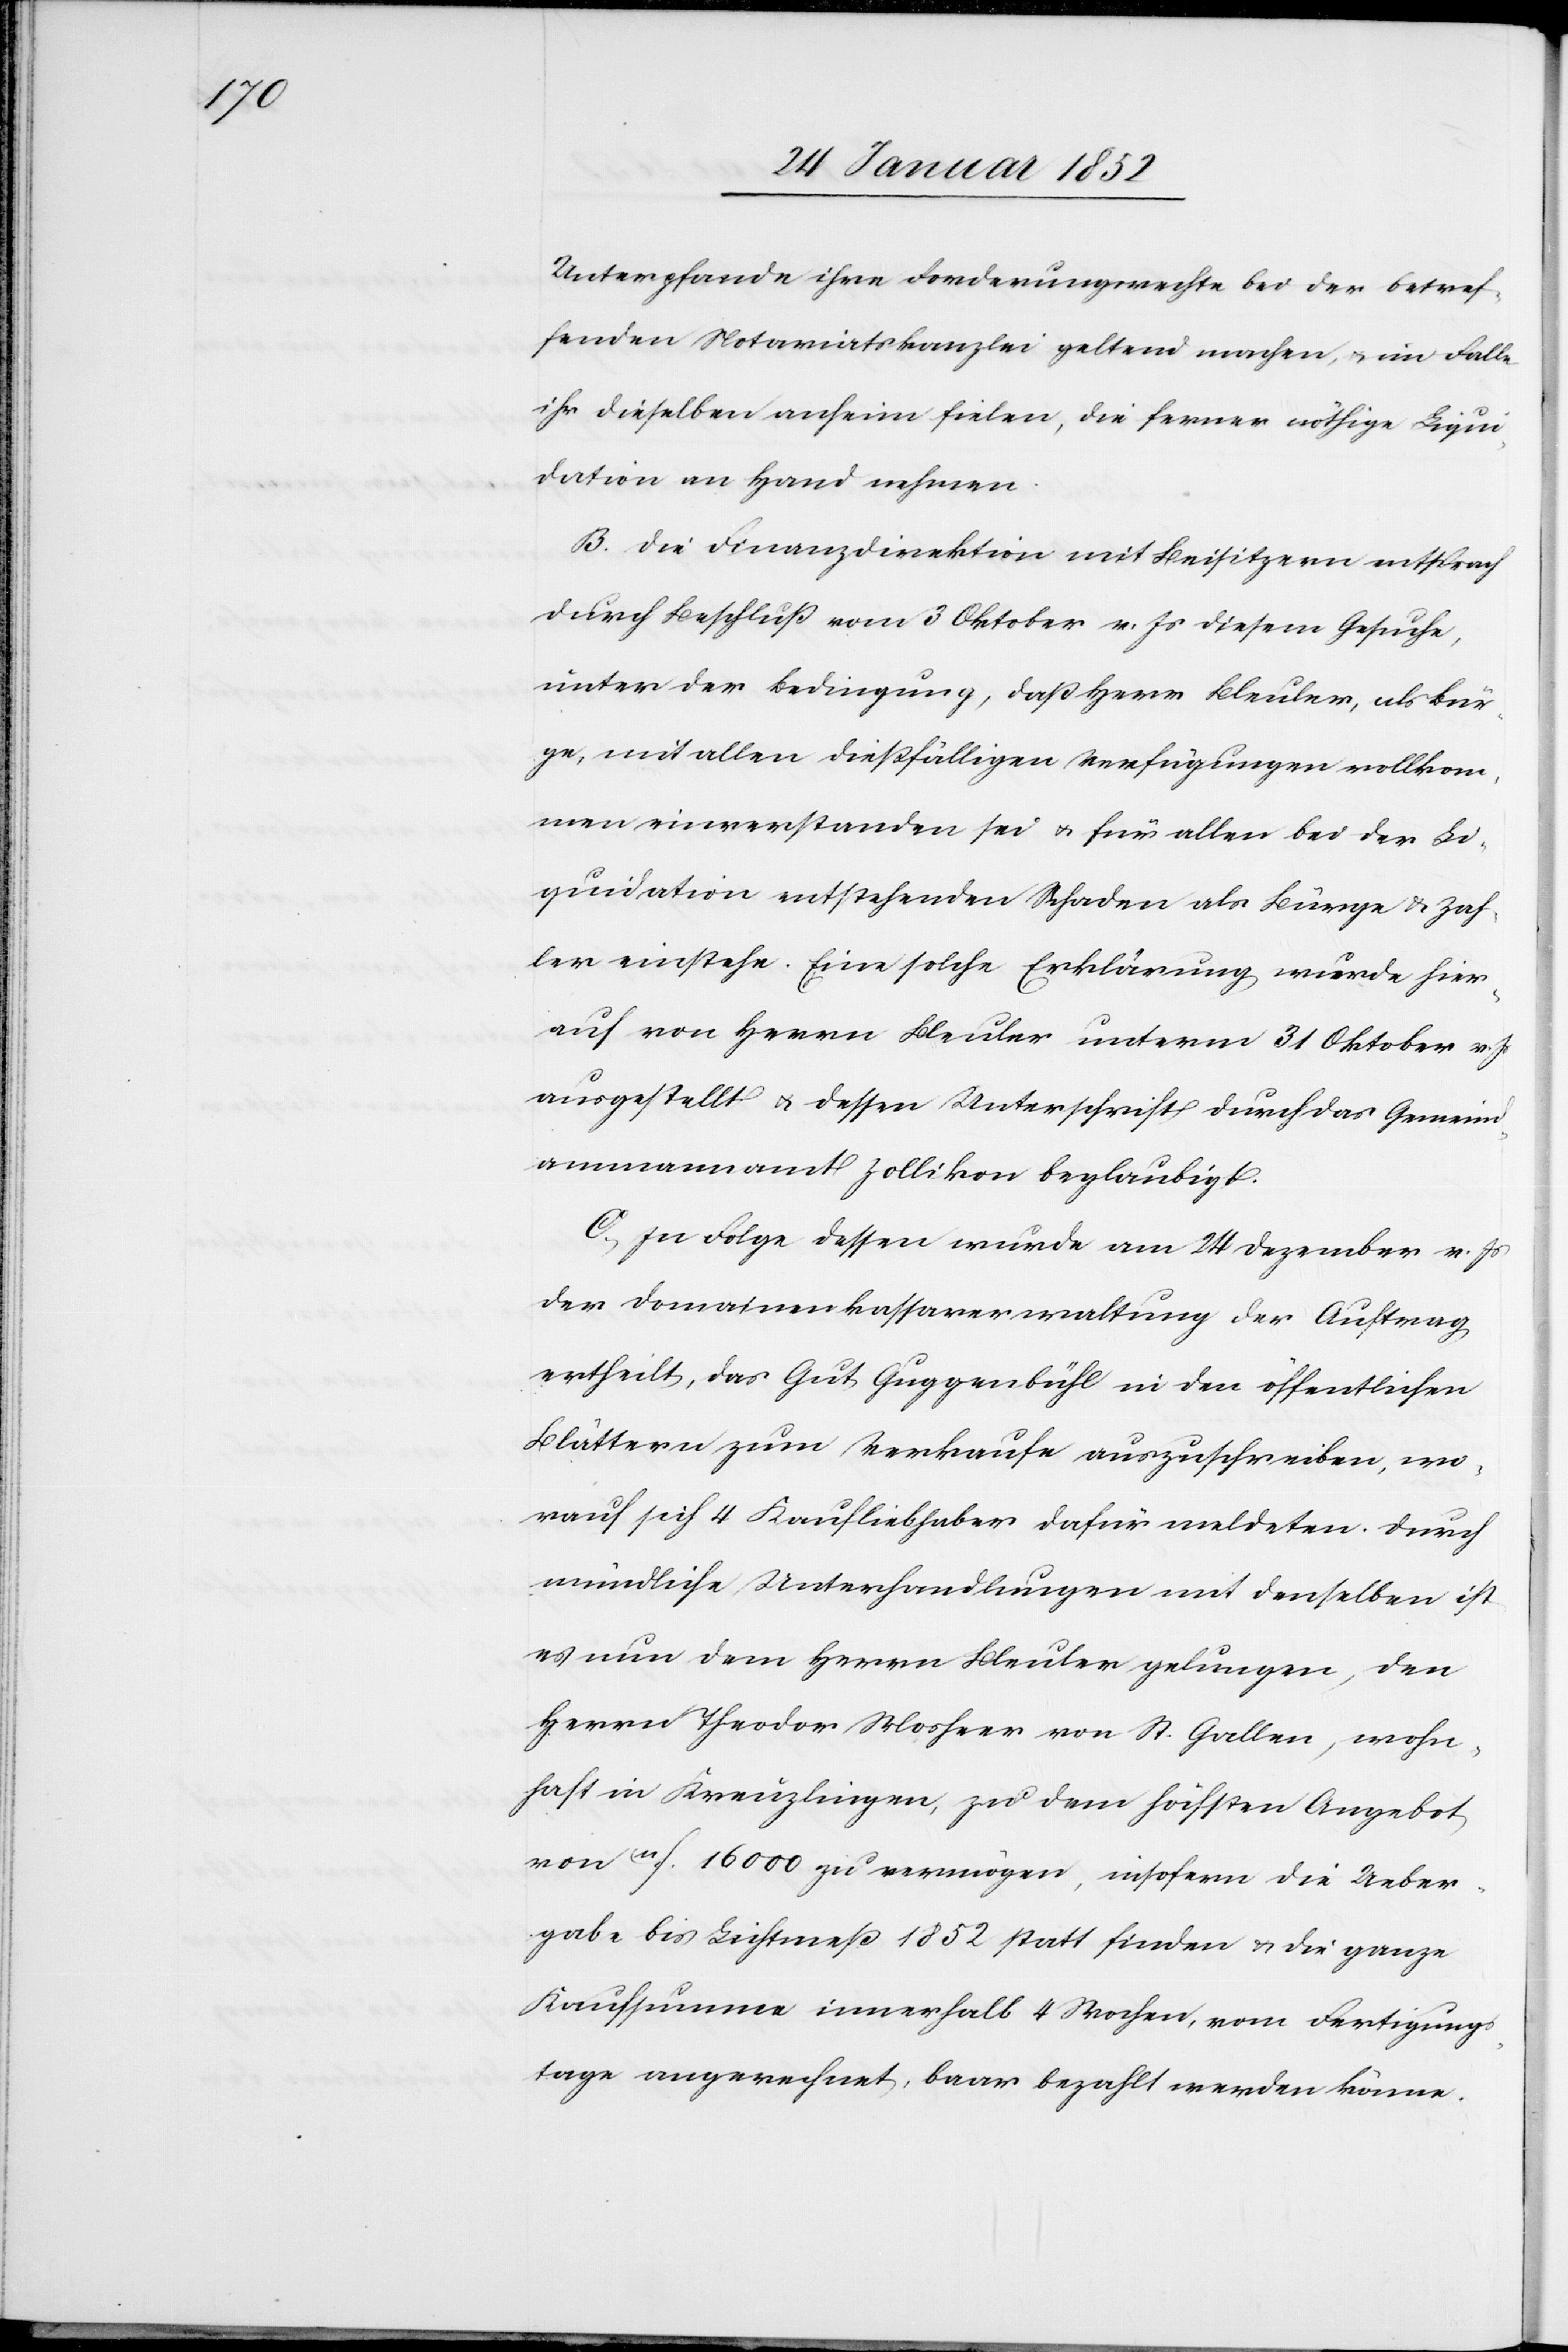
Unterpfande ihre Forderungsrechte bei der betref¬
fenden Notariatskanzlei geltend machen, u. im Falle
ihr dieselben anheim fielen, die ferner nöthige Liqui¬
dation an Hand nehmen.
B. Die Finanzdirektion mit Beisitzern entsprach
durch Beschluß vom 3 Oktober v. Js diesem Gesuche,
unter der Bedingung, daß Herr Bleuler, als Bür¬
ge, mit allen dießfälligen Verfügungen vollkom¬
men einverstanden sei u. für allen bei der Li¬
quidation entstehenden Schaden als Bürge u. Zah¬
ler einstehe. Eine solche Erklärung wurde hier¬
auf von Herrn Bleuler unterm 31 Oktober v. Js
ausgestellt u. dessen Unterschrift durch das Gemeind¬
ammannamt Zollikon beglaubigt.
C. In Folge dessen wurde am 24 Dezember v. Js
der Domainenkassenverwaltung der Auftrag
ertheilt, das Gut Guggenbühl in den öffentlichen
Blättern zum Verkaufe auszuschreiben, wo¬
rauf sich 4 Kaufliebhaber dafür meldeten. Durch
mündliche Unterhandlungen und denselben ist
es nun dem Herrn Bleuler gelungen, den
Herrn Theodor Mosheer von St. Gallen, wohn¬
haft in Kreuzlingen, zu dem höchsten Angebot
von 11f. 16000 zu vermögen, insofern die Ueber¬
gabe bis Lichtmeß 1852 statt finden u. die ganze
Kaufsumme innerhalb 4 Wochen, vom Fertigung¬
stage angerechnet, baar bezahlt werden könne.